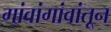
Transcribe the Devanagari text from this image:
गांवांगांवांतून